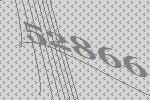
52866